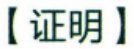
【证明】